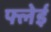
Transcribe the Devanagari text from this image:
फ्लेई